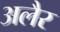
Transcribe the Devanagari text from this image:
अलैर